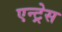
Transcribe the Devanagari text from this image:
एन्ट्रेस